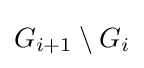
G_{i+1}\setminus G_{i}